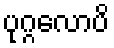
ပုဂ္ဂလောပိ